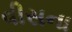
વીસના